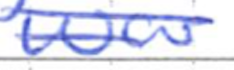
Text: was
Cross-out: mix
Writing tool: ballpoint